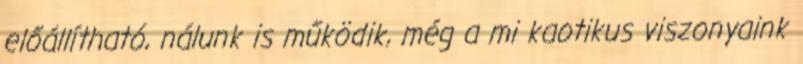
előállítható, nálunk is működik, még a mi kaotikus viszonyaink